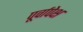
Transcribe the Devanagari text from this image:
पूर्वापेक्ष